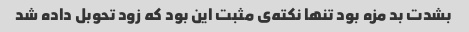
بشدت بد مزه بود تنها نکته‌ی مثبت این بود که زود تحوبل داده شد